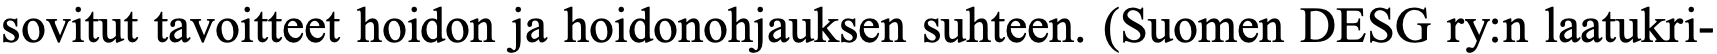
sovitut tavoitteet hoidon ja hoidonohjauksen suhteen. (Suomen DESG ry:n laatukri-